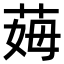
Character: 𦰓